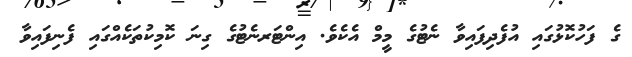
ގެ ފަހުކޮޅުގައި އުފެދިފައިވާ ނެޓުގެ މީމް އެކެވެ. އިންޓަރނެޓުގެ ގިނަ ކޮމިކުތަކެއްގައި ފެނިފައިވާ